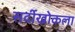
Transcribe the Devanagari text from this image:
सर्दीखोकला